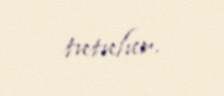
tutulur.